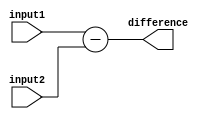
module Behavioral_Subtractor (
    input [3:0] input1,
    input [3:0] input2,
    output [3:0] difference
);

assign difference = input1 - input2;

endmodule